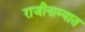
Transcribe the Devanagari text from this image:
राजीनाम्यात